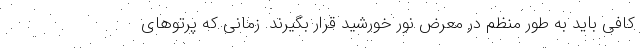
کافی باید به طور منظم در معرض نور خورشید قرار بگیرند. زمانی که پرتوهای